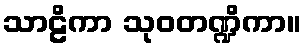
သာဠိကာ သုဝတဏ္ဍိကာ။